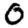
Digit: 0